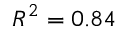
R ^ { 2 } = 0 . 8 4